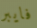
فايبر